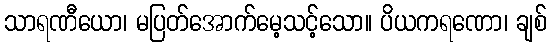
သာရဏီယော၊ မပြတ်အောက်မေ့သင့်သော။ ပိယကရဏော၊ ချစ်